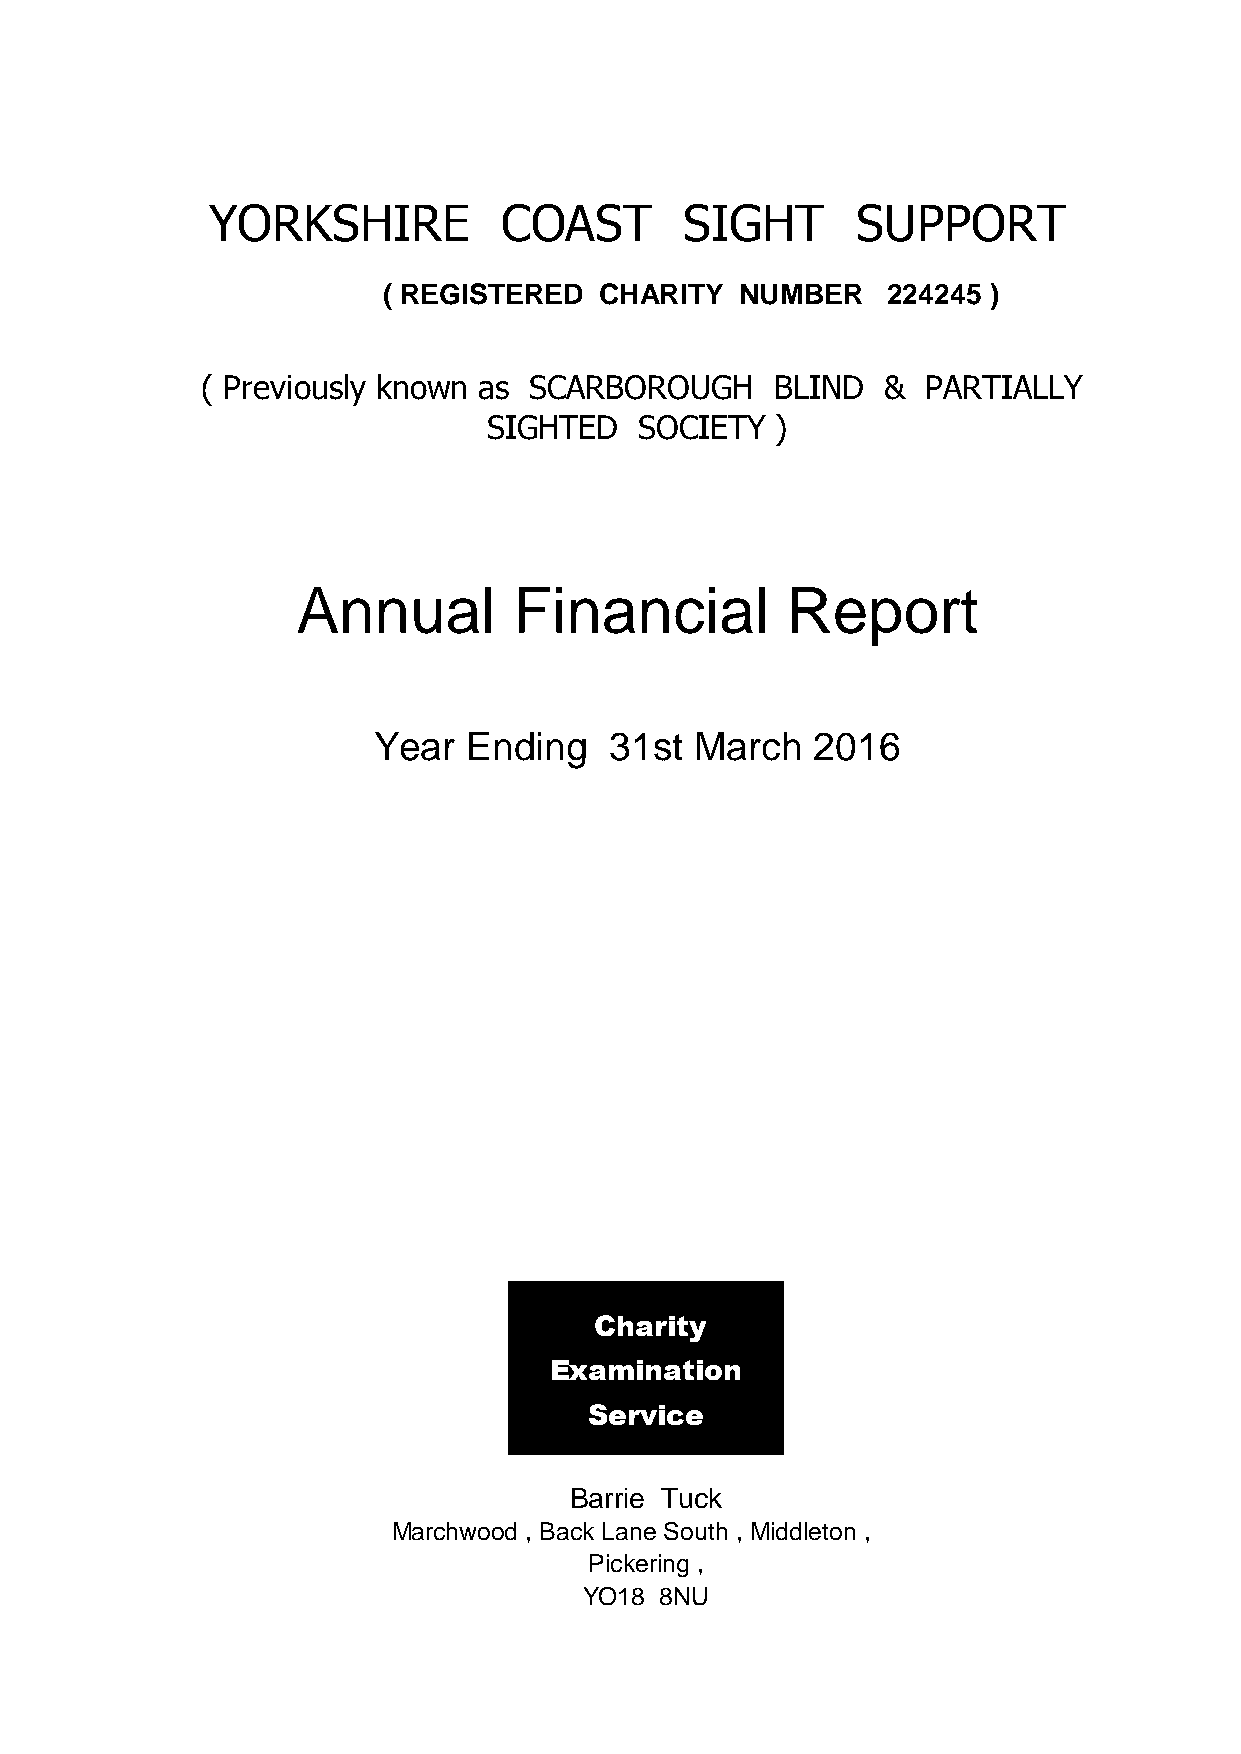
YORKSHIRE          COAST       SIGHT       SUPPORT
 ( REGISTERED   CHARITY  NUMBER    224245 )
 ( Previously known as SCARBOROUGH     BLIND  &  PARTIALLY
 SIGHTED   SOCIETY  )
 Annual        Financial         Report
 Year  Ending   31st  March   2016
 Charity
 Examination
 Service
 Barrie Tuck
 Marchwood , Back Lane South , Middleton ,
 Pickering ,
 YO18 8NU